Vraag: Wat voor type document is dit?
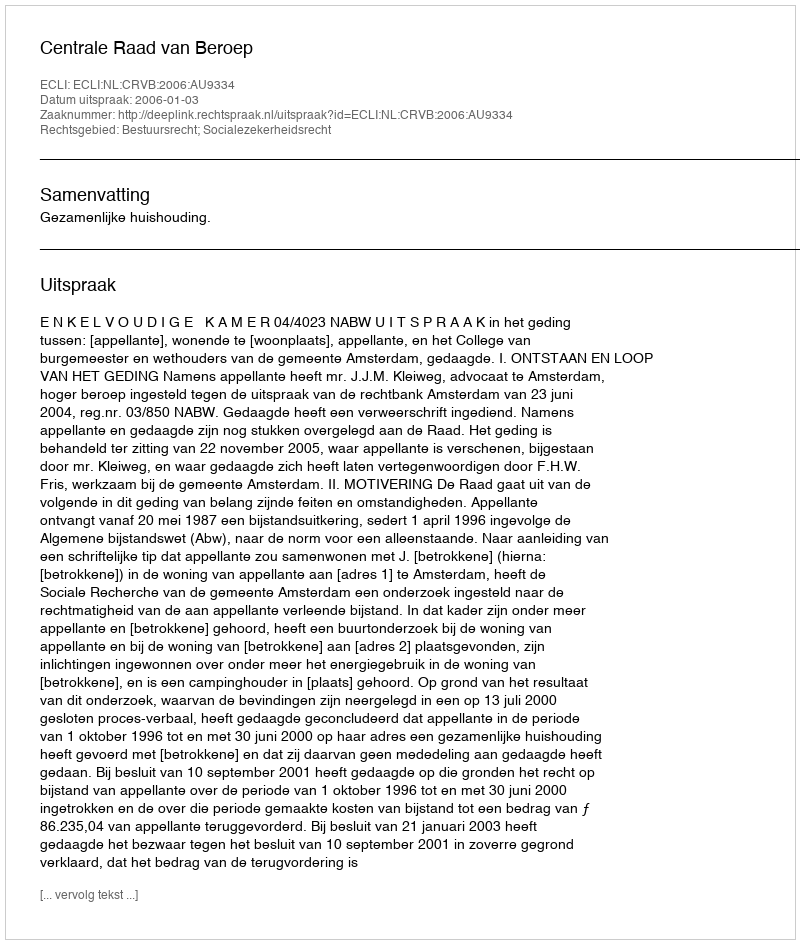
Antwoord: Uitspraak